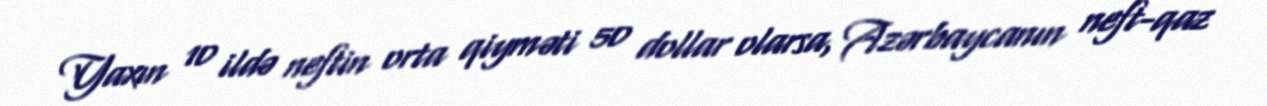
Yaxın 10 ildə neftin orta qiyməti 50 dollar olarsa, Azərbaycanın neft-qaz